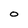
Character: o